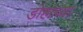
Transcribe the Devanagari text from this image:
डोहाच्या